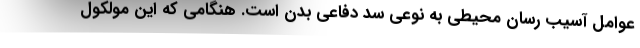
عوامل آسیب رسان محیطی به نوعی سد دفاعی بدن است. هنگامی که این مولکول